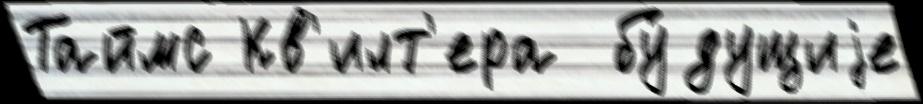
Таймс Кв'илт'ера  бу́дущиjе